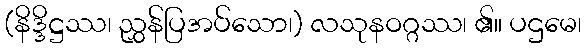
(နိဒ္ဒိဋ္ဌဿ၊ ညွှန်ပြအပ်သော၊) လသုနဝဂ္ဂဿ၊ ၏။ ပဌမေ၊